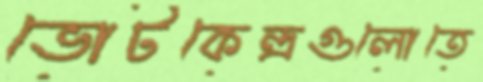
ভোটকেন্দ্রগুলোতে